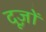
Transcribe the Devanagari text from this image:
दूज़ों